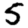
Digit: 5